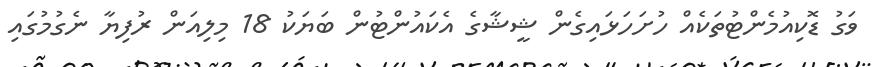
ވަގު ޑޮކިއުމެންޓުތަކެއް ހުށަހަޅައިގެން ޝީޝާގެ އެކައުންޓުން ބަޔަކު 18 މިލިއަން ރުފިޔާ ނެގުމުގައި